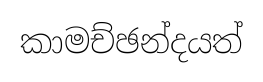
කාමච්ඡන්දයත්